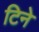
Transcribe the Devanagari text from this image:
टिने